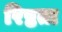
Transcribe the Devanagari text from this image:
रिष्ठता